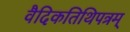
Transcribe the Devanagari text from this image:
वैदिकतिथिपत्रम्